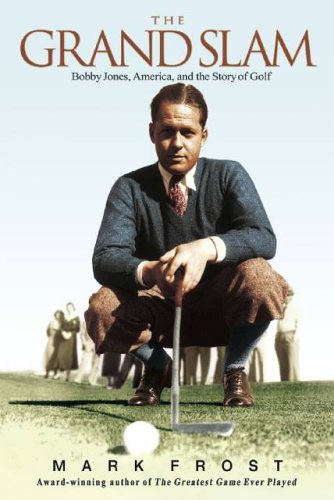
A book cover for The Grand Slam: Bobby Jones, America, and the Story of Golf; Mark Frost; Biographies & Memoirs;